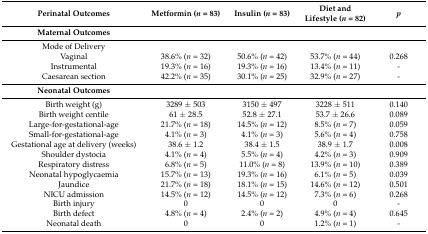
<table><thead><tr><td><b>Perinatal Outcomes</b></td><td><b>Metformin (<i>n</i> = 83)</b></td><td><b>Insulin (<i>n</i> = 83)</b></td><td><b>Diet and Lifestyle (<i>n</i> = 82)</b></td><td><b><i>p</i></b></td></tr></thead><tbody><tr><td><b>Maternal Outcomes</b></td><td></td><td></td><td></td><td></td></tr><tr><td>Mode of Delivery</td><td></td><td></td><td></td><td></td></tr><tr><td>Vaginal</td><td>38.6% (<i>n</i> = 32)</td><td>50.6% (<i>n</i> = 42)</td><td>53.7% (<i>n</i> = 44)</td><td>0.268</td></tr><tr><td>Instrumental</td><td>19.3% (<i>n</i> = 16)</td><td>19.3% (<i>n</i> = 16)</td><td>13.4% (<i>n</i> = 11)</td><td>-</td></tr><tr><td>Caesarean section</td><td>42.2% (<i>n</i> = 35)</td><td>30.1% (<i>n</i> = 25)</td><td>32.9% (<i>n</i> = 27)</td><td>-</td></tr><tr><td><b>Neonatal Outcomes</b></td><td></td><td></td><td></td><td></td></tr><tr><td>Birth weight (g)</td><td>3289 ± 503</td><td>3150 ± 497</td><td>3228 ± 511</td><td>0.140</td></tr><tr><td>Birth weight centile</td><td>61 ± 28.5</td><td>52.8 ± 27.1</td><td>53.7 ± 26.6</td><td>0.089</td></tr><tr><td>Large-for-gestational-age</td><td>21.7% (<i>n</i> = 18)</td><td>14.5% (<i>n</i> = 12)</td><td>8.5% (<i>n</i> = 7)</td><td>0.059</td></tr><tr><td>Small-for-gestational-age</td><td>4.1% (<i>n</i> = 3)</td><td>4.1% (<i>n</i> = 3)</td><td>5.6% (<i>n</i> = 4)</td><td>0.758</td></tr><tr><td>Gestational age at delivery (weeks)</td><td>38.6 ± 1.2</td><td>38.4 ± 1.5</td><td>38.9 ± 1.7</td><td>0.008</td></tr><tr><td>Shoulder dystocia</td><td>4.1% (<i>n</i> = 4)</td><td>5.5% (<i>n</i> = 4)</td><td>4.2% (<i>n</i> = 3)</td><td>0.909</td></tr><tr><td>Respiratory distress</td><td>6.8% (<i>n</i> = 5)</td><td>11.0% (<i>n</i> = 8)</td><td>13.9% (<i>n</i> = 10)</td><td>0.389</td></tr><tr><td>Neonatal hypoglycaemia</td><td>15.7% (<i>n</i> = 13)</td><td>19.3% (<i>n</i> = 16)</td><td>6.1% (<i>n</i> = 5)</td><td>0.039</td></tr><tr><td>Jaundice</td><td>21.7% (<i>n</i> = 18)</td><td>18.1% (<i>n</i> = 15)</td><td>14.6% (<i>n</i> = 12)</td><td>0.501</td></tr><tr><td>NICU admission</td><td>14.5% (<i>n</i> = 12)</td><td>14.5% (<i>n</i> = 12)</td><td>7.3% (<i>n</i> = 6)</td><td>0.268</td></tr><tr><td>Birth injury</td><td>0</td><td>0</td><td>0</td><td>-</td></tr><tr><td>Birth defect</td><td>4.8% (<i>n</i> = 4)</td><td>2.4% (<i>n</i> = 2)</td><td>4.9% (<i>n</i> = 4)</td><td>0.645</td></tr><tr><td>Neonatal death</td><td>0</td><td>0</td><td>1.2% (<i>n</i> = 1)</td><td>-</td></tr></tbody></table>